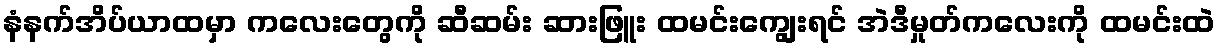
နံနက်အိပ်ယာထမှာ ကလေးတွေကို ဆီဆမ်း ဆားဖြူး ထမင်းကျွေးရင် အဲဒီမှုတ်ကလေးကို ထမင်းထဲ